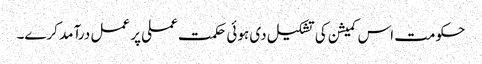
حکومت اس کمیشن کی تشکیل دی ہوئی حکمت عملی پر عمل درآمد کرے۔